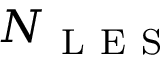
N _ { \mathrm { ~ L ~ E ~ S ~ } }